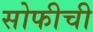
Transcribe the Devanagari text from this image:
सोफीची